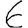
Digit: 6